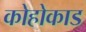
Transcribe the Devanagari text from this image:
कोहोकाड